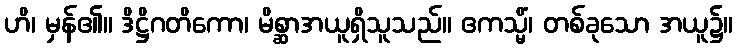
ဟိ၊ မှန်၏။ ဒိဋ္ဌိဂတိကော၊ မိစ္ဆာအယူရှိသူသည်။ ဧကသ္မိံ၊ တစ်ခုသော အယူ၌။